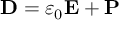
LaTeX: \mathbf { D } = \varepsilon _ { 0 } \mathbf { E } + \mathbf { P }